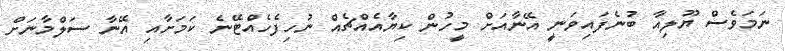
ނަމަވެސް ޔޫލިއާ ބުނެފައިވަނީ އޭނާއަށް މީހުން ކިޔާއެއްޗެއް ނުހިފެހެއްޓޭނެ ކަމަށާއި އޭނާ ސަލްމާނަށް